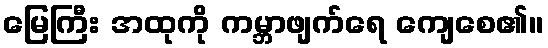
မြေကြီး အထုကို ကမ္ဘာဖျက်ရေ ကျေစေ၏။